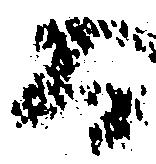
而